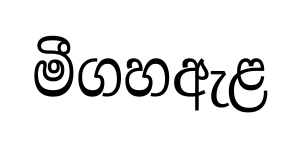
මීගහඇළ